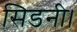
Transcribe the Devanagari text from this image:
सिडनी।